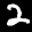
Label: 2